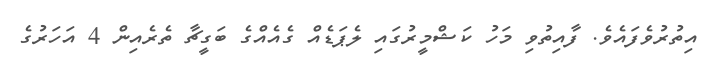
އިތުރުވެފައެވެ. ފާއިތުވި މަހު ކަޝްމީރުގައި ލެޕަޑެއް ގެއެއްގެ ބަގީޗާ ތެރެއިން 4 އަހަރުގެ